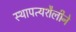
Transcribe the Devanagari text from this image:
स्थापत्यशैलीने